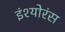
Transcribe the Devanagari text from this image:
इंश्योरंस